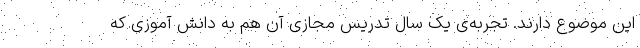
این موضوع دارند. تجربه‌ی یک سال تدریس مجازی آن هم به دانش آموزی که